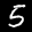
Label: 5